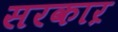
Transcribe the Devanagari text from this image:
सरकाऱ